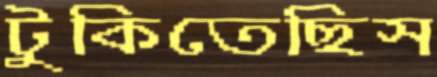
টুকিতেছিস